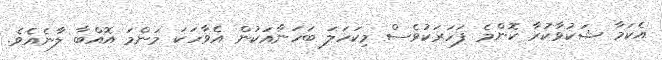
އެކަމާ ޝަކުވާކުރާ ކޮންމެ ފަހަރަކުވެސް މިކަހަލަ ބަހަނާއަކުން އެވާހަކަ މަންމަ އޮއްބާ ލާނެއެވެ.